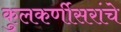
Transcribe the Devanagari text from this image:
कुलकर्णीसरांचे